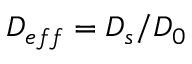
D _ { e f f } = D _ { s } / D _ { 0 }